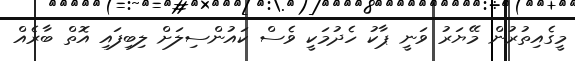
މީގެއިތުރުން މޭޔަރު ވަނީ ޕާކު ހެދުމަކީ ވެސް ކައުންސިލަށް ލިބިފައި އޮތް ބާރެއް